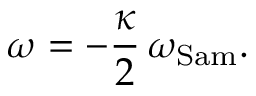
\omega = - \frac { \kappa } { 2 } \, \omega _ { \mathrm { S a m } } .